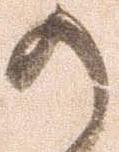
か